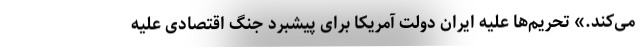
می‌کند.» تحریم‌ها علیه ایران دولت آمریکا برای پیشبرد جنگ اقتصادی علیه